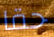
حقا